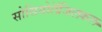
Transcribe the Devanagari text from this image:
सोसियोलॅजिलकल